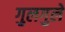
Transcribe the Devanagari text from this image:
गुलगुले